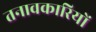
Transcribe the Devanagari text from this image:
तनावकारियों